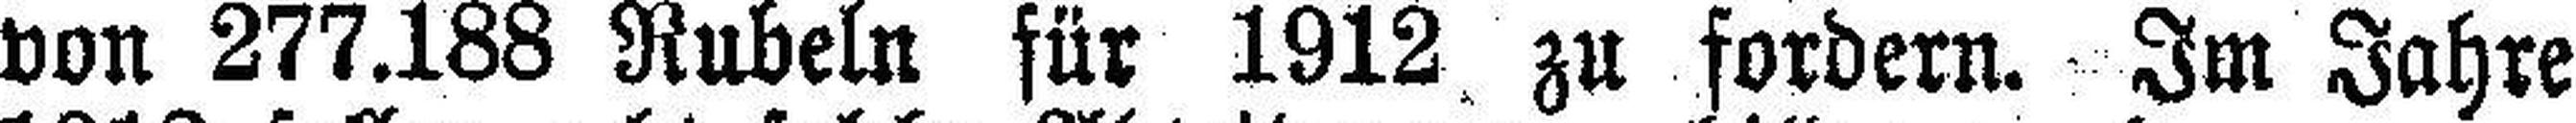
von 277.188 Rubeln für 1912 zu fordern. Im Jahre